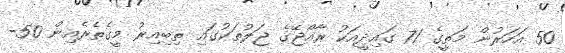
50 އަހަރުން މަތީގެ 71 ގައިދީއަކު ރާއްޖޭގެ ޖަލުތަކުގައި ތިބިއިރު މީގެތެރެއިން 50-